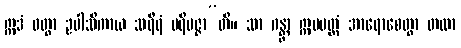
ဣဒံ ဝတွာ ဥပါသိကာယ သရီရံ ပရိမဇ္ဇာ”တိ။ သာ ဂန္တွာ ဣမမတ္ထံ အာရောစေတွာ တထာ